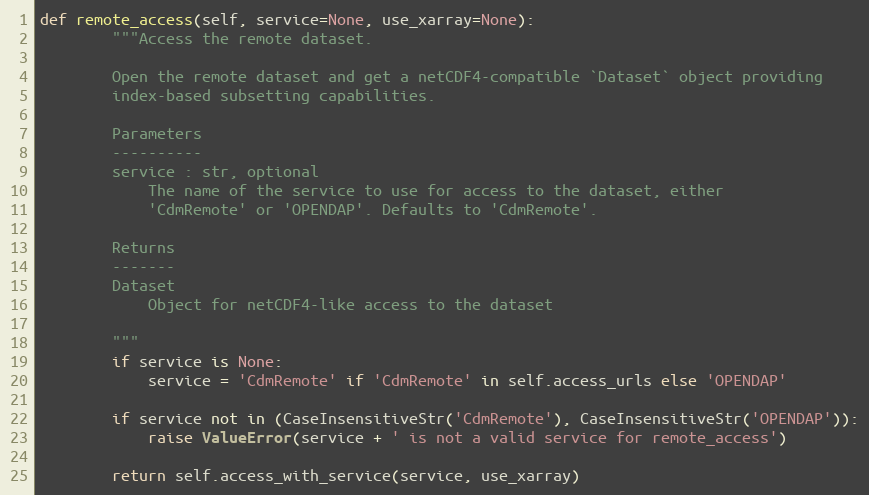
Language: Python
def remote_access(self, service=None, use_xarray=None):
        """Access the remote dataset.

        Open the remote dataset and get a netCDF4-compatible `Dataset` object providing
        index-based subsetting capabilities.

        Parameters
        ----------
        service : str, optional
            The name of the service to use for access to the dataset, either
            'CdmRemote' or 'OPENDAP'. Defaults to 'CdmRemote'.

        Returns
        -------
        Dataset
            Object for netCDF4-like access to the dataset

        """
        if service is None:
            service = 'CdmRemote' if 'CdmRemote' in self.access_urls else 'OPENDAP'

        if service not in (CaseInsensitiveStr('CdmRemote'), CaseInsensitiveStr('OPENDAP')):
            raise ValueError(service + ' is not a valid service for remote_access')

        return self.access_with_service(service, use_xarray)